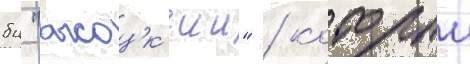
бц "высоцк'ии" / которыи